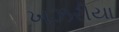
ખઝરીયા